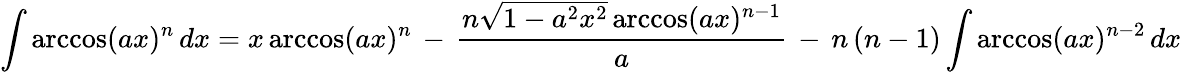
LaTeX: \int\operatorname{arccos}(ax)^{n}\, dx=x\operatorname{arccos}(ax)^{n}\, -\, {\frac{n{\sqrt{1-a^{2}x^{2}}}\operatorname{arccos}(ax)^{n-1}}{a}}\, -\, n\, (n-1)\int\operatorname{arccos}(ax)^{n-2}\, dx